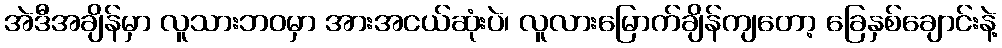
အဲဒီအချိန်မှာ လူသားဘဝမှာ အားအငယ်ဆုံးပဲ၊ လူလားမြောက်ချိန်ကျတော့ ခြေနှစ်ချောင်းနဲ့